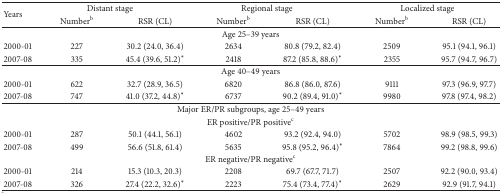
<table><thead><tr><td rowspan="2"><b>Years</b></td><td colspan="2"><b>Distant stage</b></td><td colspan="2"><b>Regional stage</b></td><td colspan="2"><b>Localized stage</b></td></tr><tr><td><b>Number<sup>b</sup></b></td><td><b>RSR (CL)</b></td><td><b>Number<sup>b</sup></b></td><td><b>RSR (CL)</b></td><td><b>Number<sup>b</sup></b></td><td><b>RSR (CL)</b></td></tr></thead><tbody><tr><td colspan="7">Age 25–39 years</td></tr><tr><td>2000-01</td><td>227</td><td>30.2 (24.0, 36.4)</td><td>2634</td><td>80.8 (79.2, 82.4)</td><td>2509</td><td>95.1 (94.1, 96.1)</td></tr><tr><td>2007-08</td><td>335</td><td>45.4 (39.6, 51.2)<sup>*</sup></td><td>2418</td><td>87.2 (85.8, 88.6)<sup>*</sup></td><td>2355</td><td>95.7 (94.7, 96.7)</td></tr><tr><td colspan="7">Age 40–49 years</td></tr><tr><td>2000-01</td><td>622</td><td>32.7 (28.9, 36.5)</td><td>6820</td><td>86.8 (86.0, 87.6)</td><td>9111</td><td>97.3 (96.9, 97.7)</td></tr><tr><td>2007-08</td><td>747</td><td>41.0 (37.2, 44.8)<sup>*</sup></td><td>6737</td><td>90.2 (89.4, 91.0)<sup>*</sup></td><td>9980</td><td>97.8 (97.4, 98.2)</td></tr><tr><td colspan="7">Major ER/PR subgroups, age 25–49 years</td></tr><tr><td colspan="7">ER positive/PR positive<sup>c</sup></td></tr><tr><td>2000-01</td><td>287</td><td>50.1 (44.1, 56.1)</td><td>4602</td><td>93.2 (92.4, 94.0)</td><td>5702</td><td>98.9 (98.5, 99.3)</td></tr><tr><td>2007-08</td><td>499</td><td>56.6 (51.8, 61.4)</td><td>5635</td><td>95.8 (95.2, 96.4)<sup>*</sup></td><td>7864</td><td>99.2 (98.8, 99.6)</td></tr><tr><td colspan="7">ER negative/PR negative<sup>c</sup></td></tr><tr><td>2000-01</td><td>214</td><td>15.3 (10.3, 20.3)</td><td>2208</td><td>69.7 (67.7, 71.7)</td><td>2507</td><td>92.2 (90.0, 93.4)</td></tr><tr><td>2007-08</td><td>326</td><td>27.4 (22.2, 32.6)<sup>*</sup></td><td>2223</td><td>75.4 (73.4, 77.4)<sup>*</sup></td><td>2629</td><td>92.9 (91.7, 94.1)</td></tr></tbody></table>